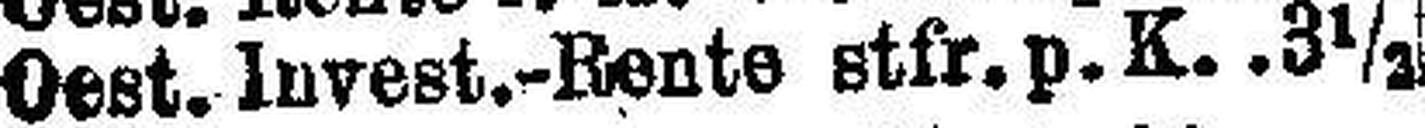
Oest. Invest.-Rente stfr.p.K. 3½